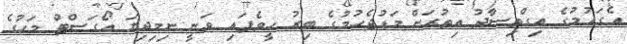
އެގައުމުގެ އިގްތިސާދު އިތުރަށް މަޑުޖެހުމުގެ ބިރު ހީވެފައި ވަނީ ނިމިދިޔަ އޯގަސްޓް މަހުގެ